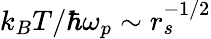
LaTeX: k_{B}T/\hbar\omega_{p}\sim r_{s}^{-1/2}